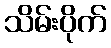
သိမ်းပိုက်